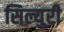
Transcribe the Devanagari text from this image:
सिल्युरी